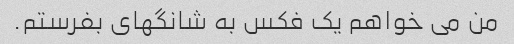
من می خواهم یک فکس به شانگهای بفرستم.